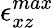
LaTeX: \epsilon_{xz}^{max}